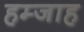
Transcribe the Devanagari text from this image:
हम्जाह